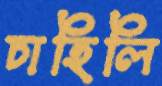
চাহিলি